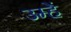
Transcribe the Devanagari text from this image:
उम्हें